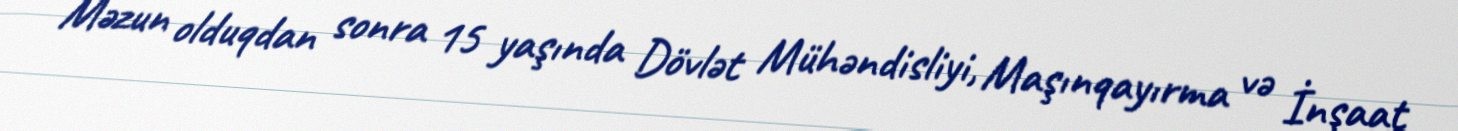
Məzun olduqdan sonra 15 yaşında Dövlət Mühəndisliyi, Maşınqayırma və İnşaat